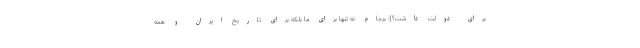
برای دولت داشت؟}: برجام نه تنها برای ما بلکه برای تاریخ ایران و همه